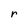
Character: r